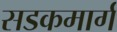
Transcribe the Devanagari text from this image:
सडकमार्ग